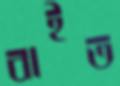
বাইত